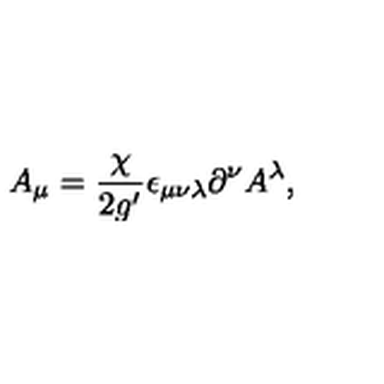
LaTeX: A _ { \mu } = \frac { \chi } { 2 g ^ { \prime } } \epsilon _ { \mu \nu \lambda } \partial ^ { \nu } A ^ { \lambda } ,